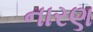
નારણ